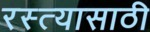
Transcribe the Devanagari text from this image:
रस्त्यासाठी